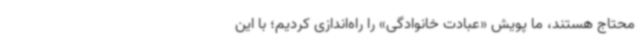
محتاج هستند، ما پویش «عبادت خانوادگی» را راه‌اندازی کردیم؛ با این